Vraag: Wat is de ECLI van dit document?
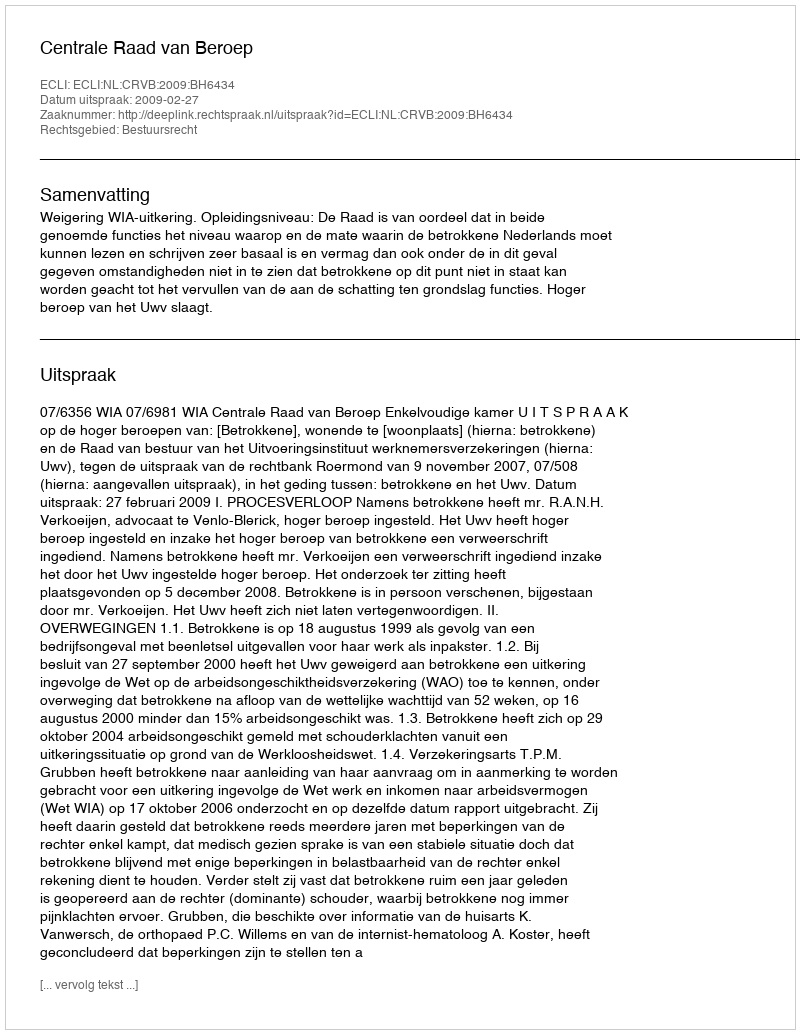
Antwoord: ECLI:NL:CRVB:2009:BH6434